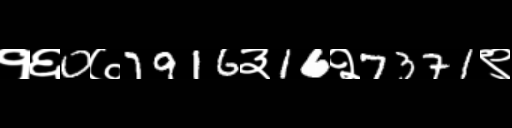
Text: १६0७7916३16२7371९